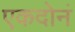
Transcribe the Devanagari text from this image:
एकदोनं